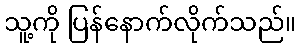
သူ့ကို ပြန်နောက်လိုက်သည်။